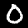
Label: 0